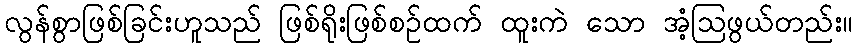
လွန်စွာဖြစ်ခြင်းဟူသည် ဖြစ်ရိုးဖြစ်စဉ်ထက် ထူးကဲ သော အံ့ဩဖွယ်တည်း။